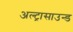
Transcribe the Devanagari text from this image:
अल्‍ट्रासाउन्‍ड